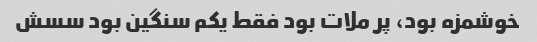
خوشمزه بود، پر ملات بود فقط یکم سنگین بود سسش